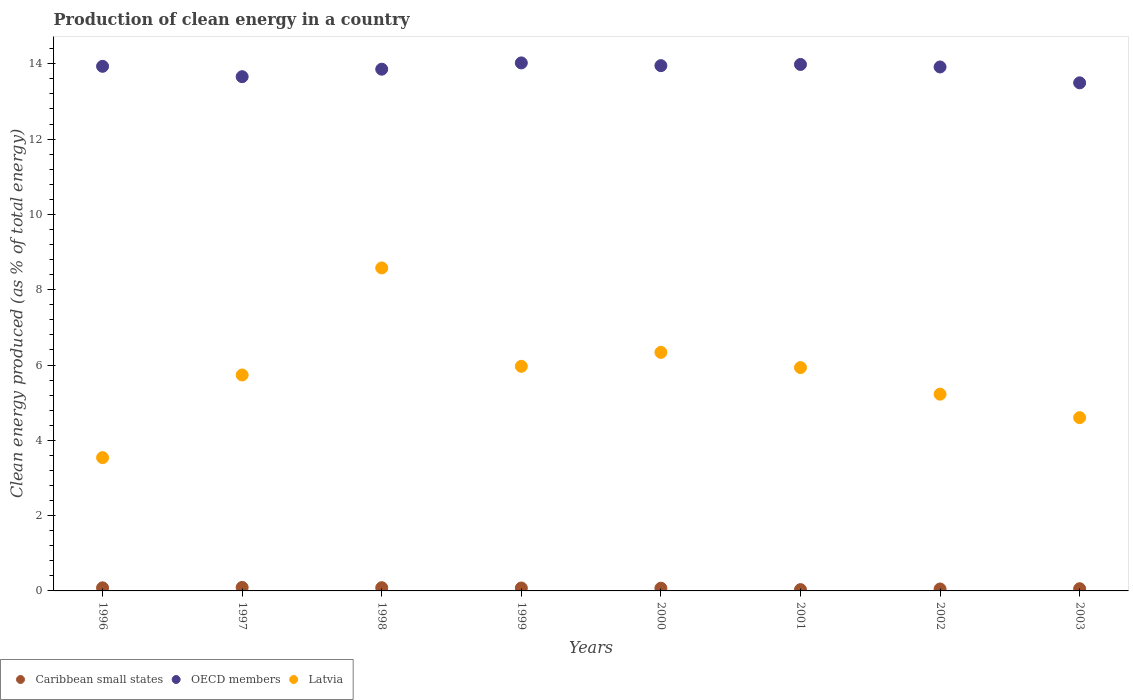
| Years | Caribbean small states | OECD members | Latvia |
 | --- | --- | --- | --- |
 | 1996 | 0.0824 | 13.9 | 3.54 |
 | 1997 | 0.0925 | 13.7 | 5.74 |
 | 1998 | 0.0855 | 13.9 | 8.58 |
 | 1999 | 0.0773 | 14 | 5.97 |
 | 2000 | 0.0723 | 14 | 6.34 |
 | 2001 | 0.0348 | 14 | 5.93 |
 | 2002 | 0.052 | 13.9 | 5.23 |
 | 2003 | 0.0588 | 13.5 | 4.6 |